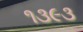
૧૩૯૩